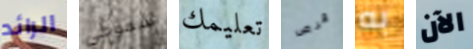
الرائد سموكي تعليمك قرص به الآن